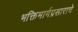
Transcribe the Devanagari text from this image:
भक्तिमार्गप्रसाराचे